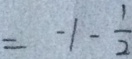
= - 1 - \frac { 1 } { 2 }